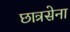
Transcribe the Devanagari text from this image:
छात्रसेना